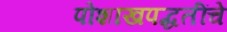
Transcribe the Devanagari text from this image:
पोशाखपद्धतींचे